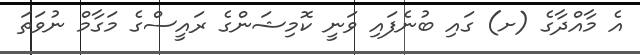
އެ މާއްދާގެ (ށ) ގައި ބުނެފައި ވަނީ ކޮމިޝަންގެ ރައީސްގެ މަގާމް ނުވަތަ